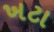
ખટા